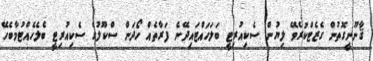
ޤާނޫނީގޮތުން ގެޒެޓްކުރެވޭ ލިޔުން ސެކިއުރިޓީ ބަލަހައްޓައިދޭނެ ފަރާތެއް ހޯދަން ސްކޫލުގެ ސެކިއުރިޓީ ބެލެހެއްޓުމާބެހޭ